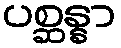
ပစ္ဆန္နာ